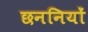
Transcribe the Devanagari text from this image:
छननियों